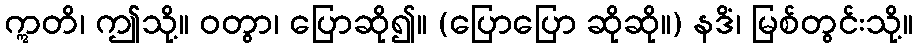
ဣတိ၊ ဤသို့။ ဝတွာ၊ ပြောဆို၍။ (ပြောပြော ဆိုဆို။) နဒိံ၊ မြစ်တွင်းသို့။